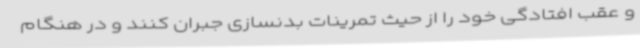
و عقب افتادگی خود را از حیث تمرینات بدنسازی جبران کنند و در هنگام